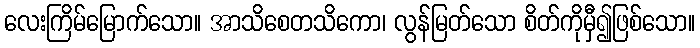
လေးကြိမ်မြောက်သော။ အာသိစေတသိကော၊ လွန်မြတ်သော စိတ်ကိုမှီ၍ဖြစ်သော။